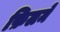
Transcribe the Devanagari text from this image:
फ़िलमें